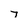
Character: 7